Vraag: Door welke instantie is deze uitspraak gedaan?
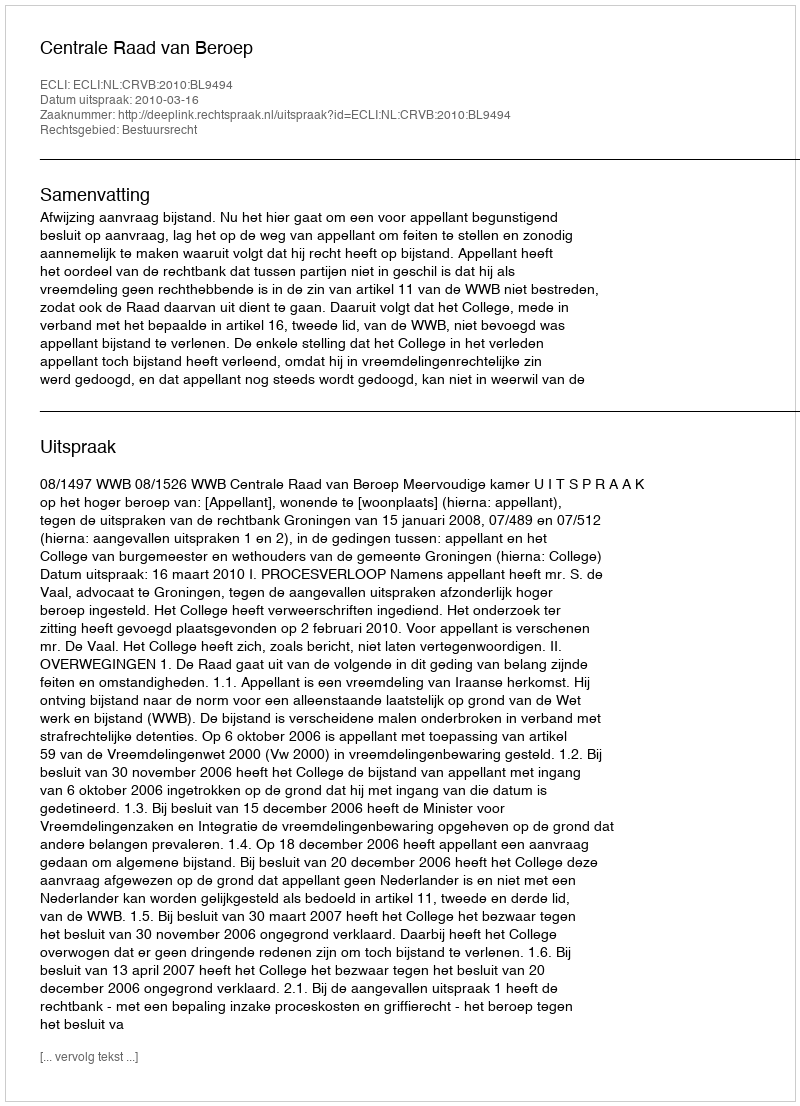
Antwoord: Centrale Raad van Beroep